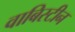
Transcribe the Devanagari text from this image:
वाबिस्टीन